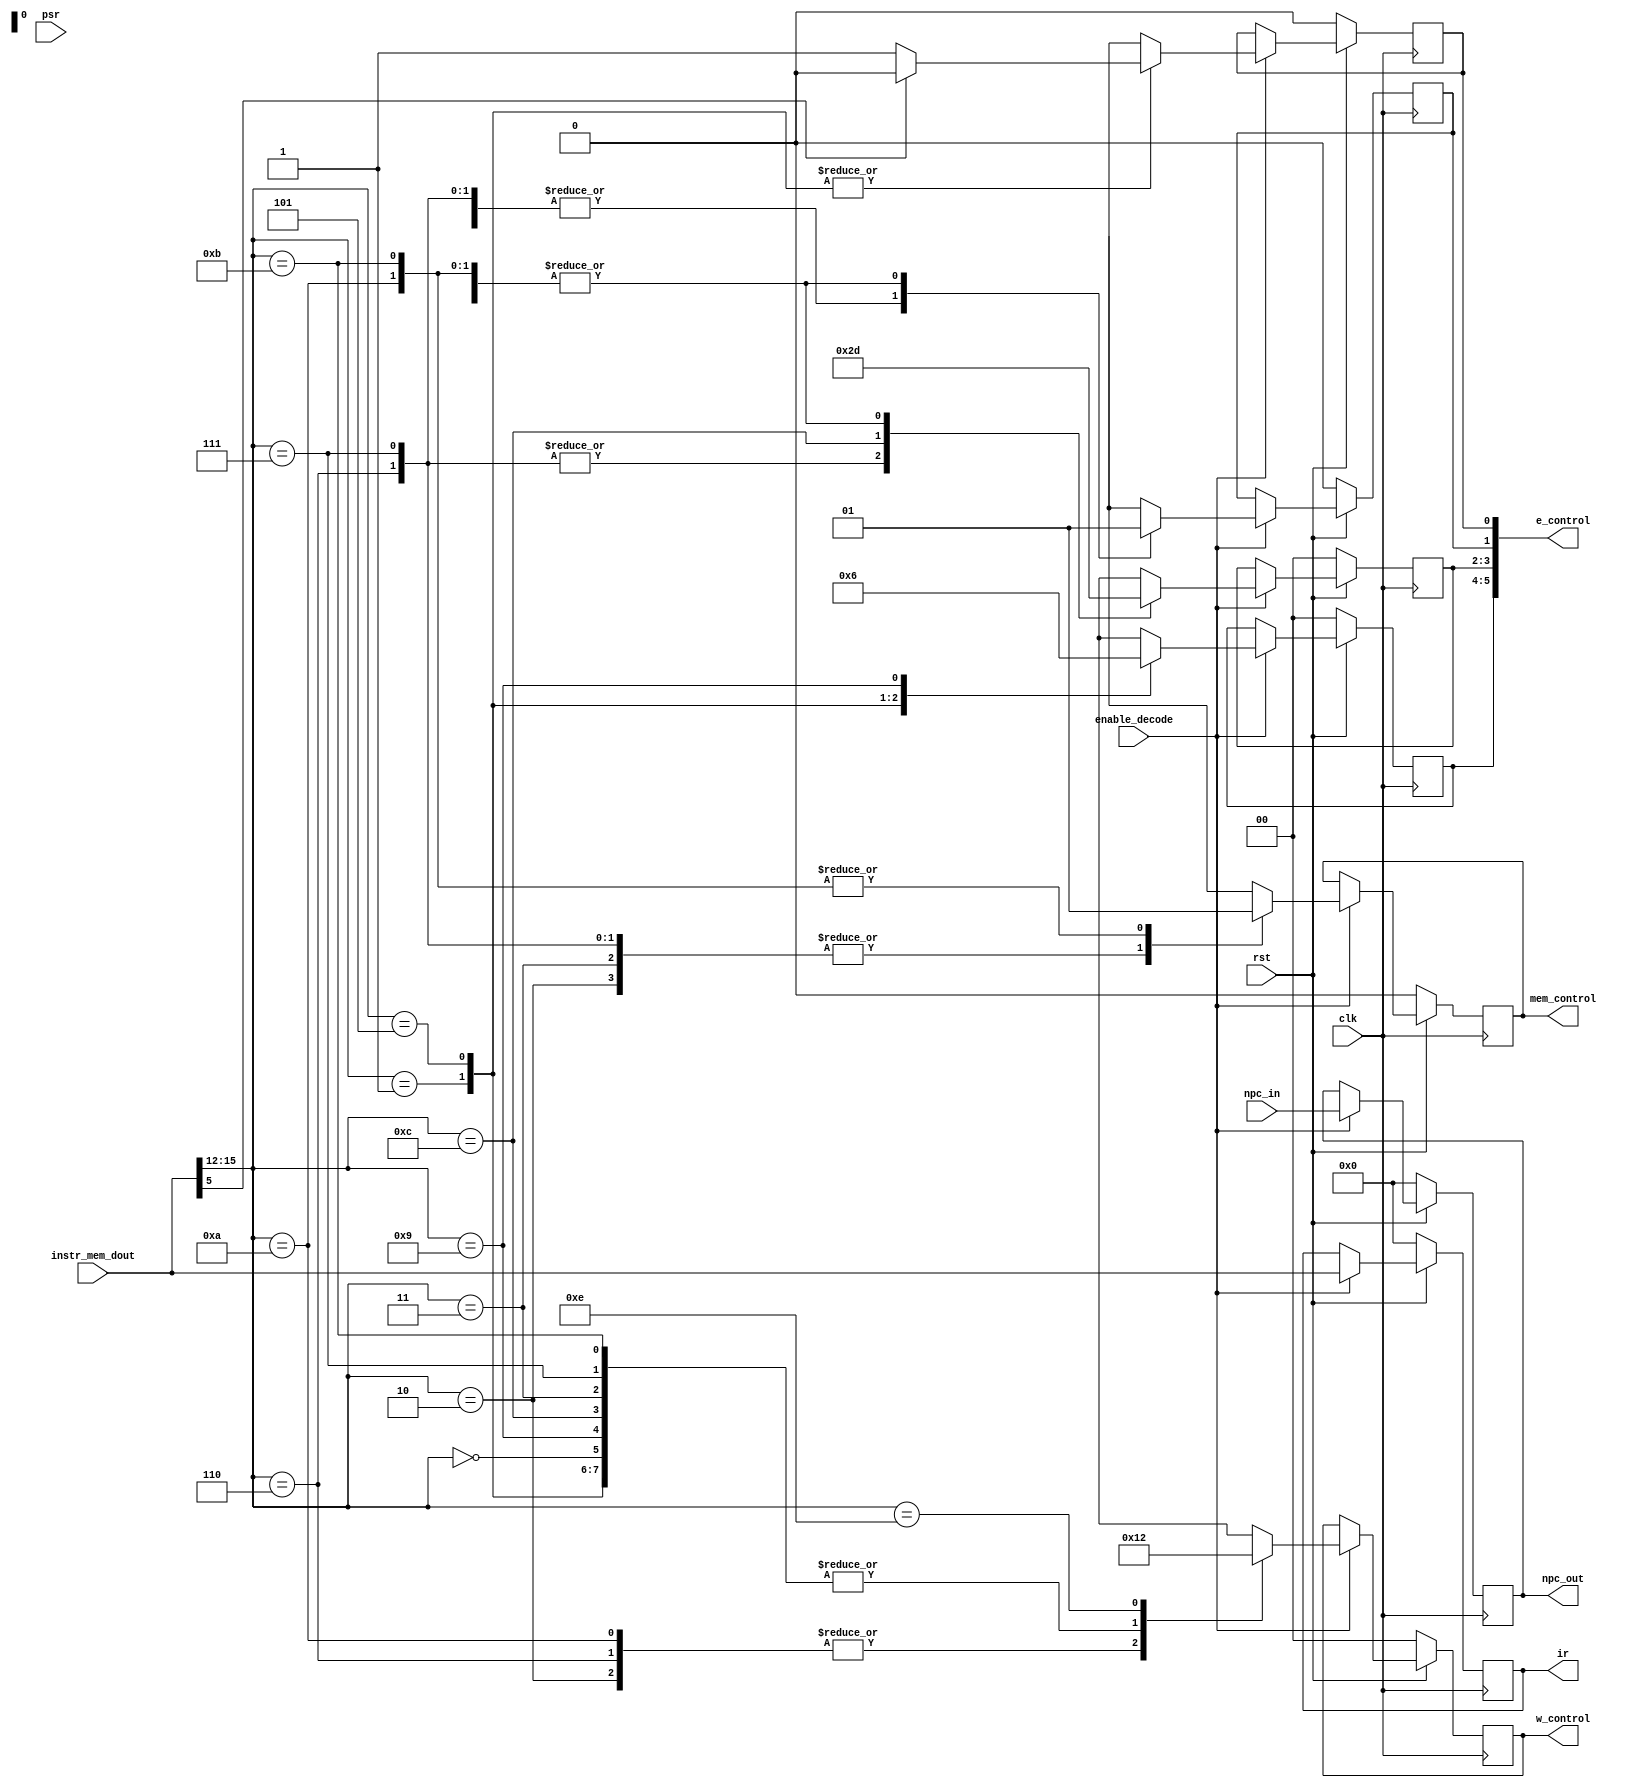
// @positive clk edge, output signals are created for consuming blocks
module decode( 					
	input 			clk,
	input 			rst,
	input [15:0] 	npc_in,
	input 			enable_decode,
	input [15:0]	instr_mem_dout,
	input [2:0]			psr,
	output reg [15:0] 	ir,
	output wire [5:0] 	e_control,
	output reg [1:0] 	w_control,
	output reg [15:0] 	npc_out,
	output reg 		mem_control
	);

	parameter BR = 4'b0000;
	parameter JMP = 4'b1100;
	parameter ADD = 4'b0001;
	parameter AND = 4'b0101;
	parameter NOT = 4'b1001;
	parameter LD = 4'b0010;
	parameter LDR  = 4'b0110;
	parameter LDI  = 4'b1010;
	parameter LEA  = 4'b1110;
	parameter ST  = 4'b0011;
	parameter STR  = 4'b0111;
	parameter STI  = 4'b1011;		
	
	reg [1:0] 	alu_control;
	reg [1:0] 	pcselect1;
	reg 	 	pcselect2;
	reg 		op2select;
	
	assign e_control = { alu_control, pcselect1, pcselect2, op2select};
	
	
	always@(posedge clk)
		begin
			if(!rst) 
				begin
					ir <= 16'h0;
					npc_out <= 16'h0;
					alu_control <= 2'h0;
					pcselect1 <=2'h0;
					pcselect2 <=2'h0;
					op2select <=1'h0;
					w_control <= 2'h0;
					mem_control <= 1'h0;
					
				end
			else begin
				if(enable_decode == 1'b0) begin
					ir <= ir;
					npc_out <= npc_out;
					alu_control <= alu_control;
					pcselect1 <=pcselect1;
					pcselect2 <= pcselect2;
					op2select <= op2select;
					w_control <= w_control;
					mem_control <= mem_control;
				end
				else begin
					ir <= instr_mem_dout;
					npc_out <= npc_in;	
						
					casex(instr_mem_dout[15:12])
						BR:		begin 
									w_control <= 2'b00;
									pcselect1 <= 2'b01;
									pcselect2 <= 1'b1;
									mem_control <=  1'bx;
									alu_control <= 2'bxx;
									op2select <= 1'bx;
								end
						ADD:	begin 
									w_control <= 2'b00;
									alu_control <= 2'b00;
									op2select <= instr_mem_dout[5]? 1'b0:1'b1;
									mem_control <=  1'bx;
									pcselect1 <= 2'bxx;
									pcselect2 <= 1'bx;
								end
						LD:		begin
									w_control <= 2'b01;
									mem_control <= 1'b0;
									pcselect1 <= 2'b01;
									pcselect2 <= 1'b1;
									alu_control <= 2'bxx;
									op2select <= 1'bx;
								end
						ST: 	begin 
									w_control <= 2'b00;
									mem_control <= 1'b0;
									pcselect1 <= 2'b01;
									pcselect2 <= 1'b1;
									alu_control <= 2'bxx;
									op2select <= 1'bx;
								end
						AND:	begin
									w_control <= 2'b00;
									alu_control <= 2'b01;
									op2select <= instr_mem_dout[5]? 1'b0:1'b1;
									mem_control <=  1'bx;
									pcselect1 <= 2'bxx;
									pcselect2 <= 1'bx;
								end
						LDR: 	begin
									w_control <= 2'b01;
									mem_control <= 1'b0;
									pcselect1 <= 2'b10;
									pcselect2 <= 1'b0;
									alu_control <= 2'bxx;
									op2select <= 1'bx;
								end
						STR: 	begin
									w_control <= 2'b00;
									mem_control <= 1'b0;
									pcselect2 <= 1'b0;
									pcselect1 <= 2'b10;
									alu_control <= 2'bxx;
									op2select <= 1'bx;
								end
						NOT:	begin
									w_control <= 2'b00;
									alu_control <= 2'b10;
									mem_control <=  1'bx;
									pcselect1 <= 2'bxx;
									pcselect2 <= 1'bx;
									op2select <= 1'bx;
								end									
						LDI: 	begin
									w_control <=  2'b01;
									mem_control <= 1'b1;
									pcselect1 <= 2'b01;
									pcselect2 <= 1'b1;
									alu_control <= 2'bxx;
									op2select <= 1'bx;
								end
						STI: 	begin
									w_control <=  2'b00;
									mem_control <= 1'b1;
									pcselect1 <= 2'b01;
									pcselect2 <= 1'b1;
									alu_control <= 2'bxx;
									op2select <= 1'bx;
								end
						JMP:	begin
									w_control <= 2'b00;
									pcselect1 <= 2'b11;
									pcselect2 <= 1'b0;
									mem_control <=  1'bx;
									alu_control <= 2'bxx;
									op2select <= 1'bx;
								end
						LEA: 	begin
									w_control <= 2'b10;
									pcselect1 <= 2'b01;
									pcselect2 <= 1'b1;
									mem_control <=  1'bx;
									alu_control <= 2'bxx;
									op2select <= 1'bx;
								end
						default:	begin
										w_control <= 2'bxx;
										mem_control <= 1'bx;
										alu_control <= 2'bxx;
										op2select <= 1'bx;	
										pcselect1 <= 2'bxx;
										pcselect2 <= 1'bx;
									end	
					endcase
									
				end
			end
		end
		

endmodule